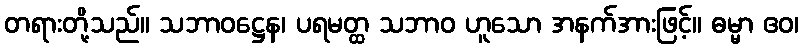
တရားတို့သည်။ သဘာဝဋ္ဌေန၊ ပရမတ္ထ သဘာဝ ဟူသော အနက်အားဖြင့်။ ဓမ္မာ ဧဝ၊